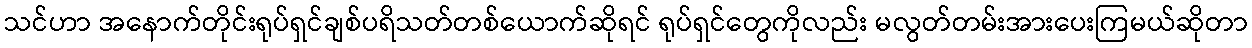
သင်ဟာ အနောက်တိုင်းရုပ်ရှင်ချစ်ပရိသတ်တစ်ယောက်ဆိုရင် ရုပ်ရှင်တွေကိုလည်း မလွတ်တမ်းအားပေးကြမယ်ဆိုတာ